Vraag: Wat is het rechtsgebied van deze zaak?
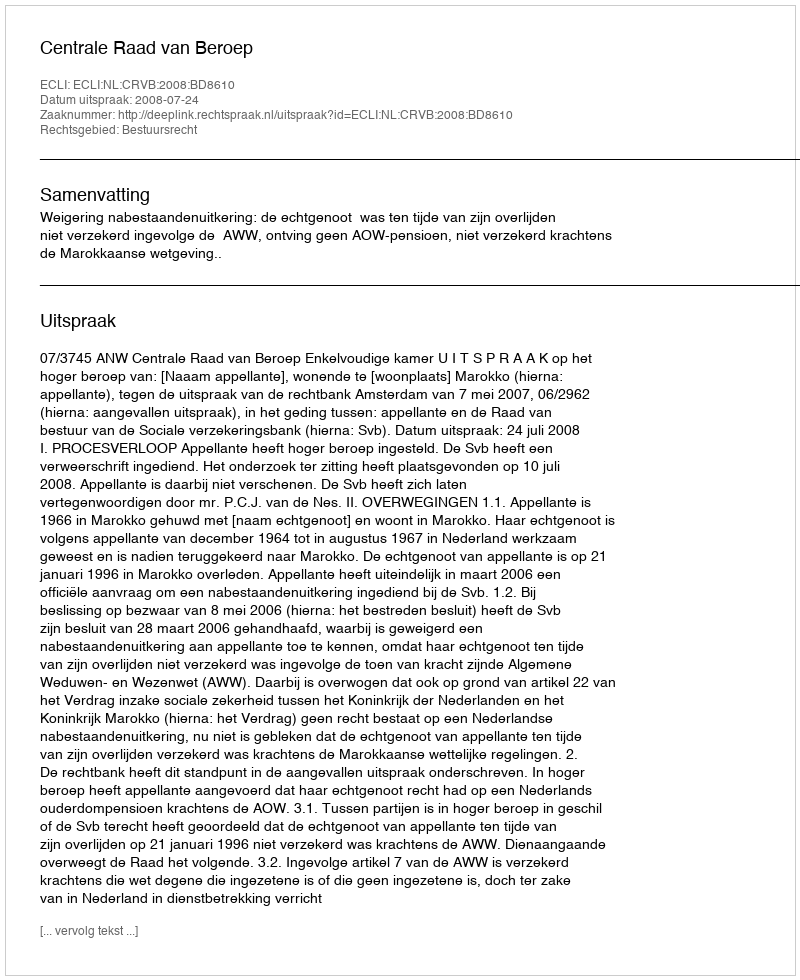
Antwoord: Bestuursrecht